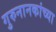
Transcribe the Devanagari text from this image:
गुरुनानकांच्या